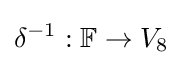
\delta ^{-1}:\mathbb {F} \rightarrow V_{8}